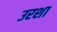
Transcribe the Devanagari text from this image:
उरशा